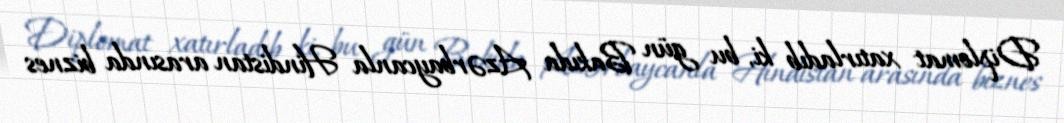
Diplomat xatırladıb ki, bu gün Bakıda Azərbaycanla Hindistan arasında biznes